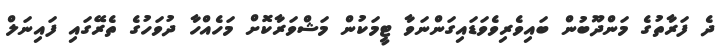
ދެ ފަރާތުގެ މަންދޫބުން ބައިވެރިވެވަޑައިގަންނަވާ ޓީމަކުން މަޝްވަރާކޮށް މަހެއްހާ ދުވަހުގެ ތެރޭގައި ފައިނަލް